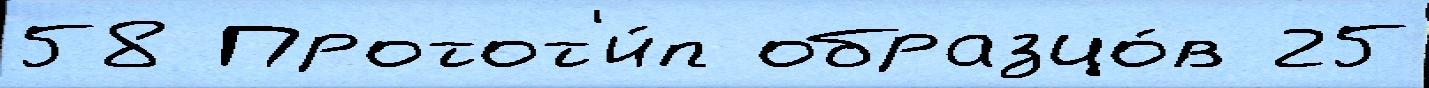
58 Протот'и́п образцо́в 25